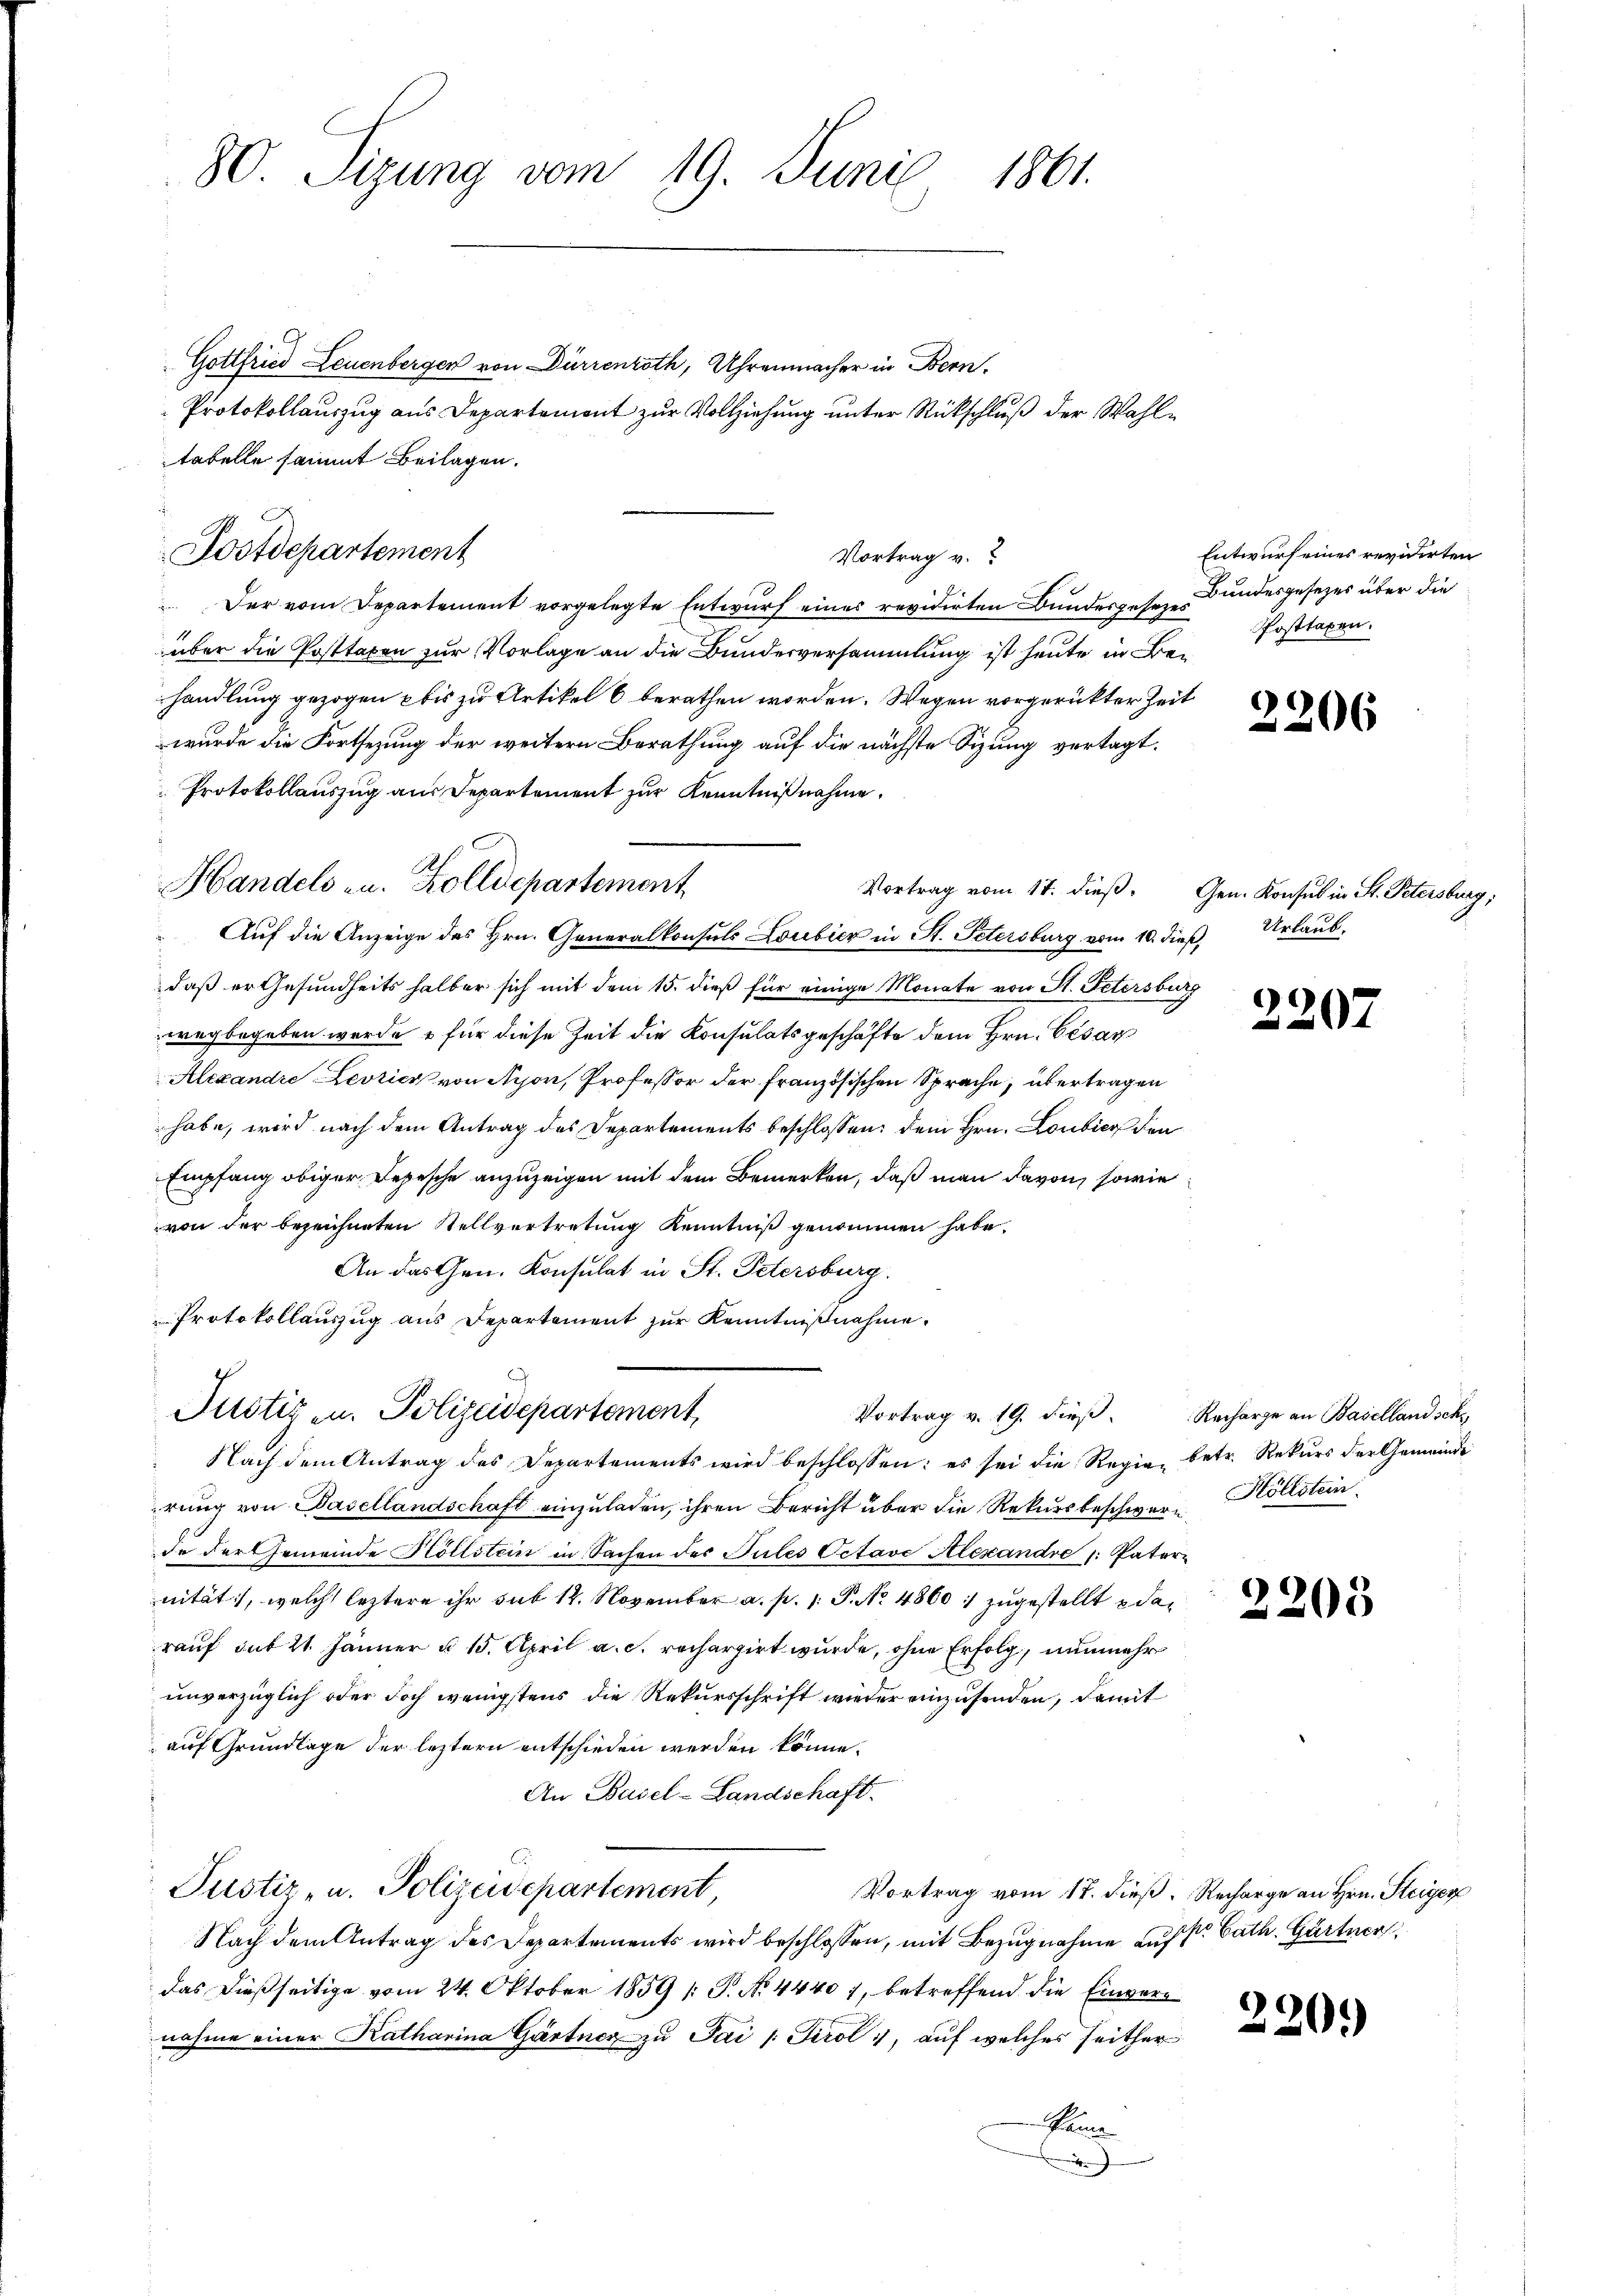
80. Sizung vom 19. Juni 1861.

Gottfried Leuenbergen von Dürrenroth, Uhrenmacher in Bern.
Protokollauszug aus Departement zur Vollziehung unter Rückschluß der Wahltabelle sammt Beilagen.
Vortrag v.
Der vom Departement vorgelegte Entwurf eines revidirten Bundesgesen Bundesgesezes über die
über die Posttaxen zur Vorlage an die Bundesversammlung ist heute in Behandlung gezogen bis zu Artikel 6 berathen worden. Wegen vorgerückter Zeit
wurde die Fortsezung der weitern Berathung auf die nächste Sizung vertagt.
Protokollauszug aus Departement zur Kenntnißnahme.
Auf die Anzeige des Hrn. Generalkonsuls Loubier in St. Petersburg vom 10. dieß Urlaubdaß er Gesundheits halber sich mit dem 15. dieß für einige Monate von St. Petersburg
wegbegeben werde u für diese Zeit die Konsulatsgeschäfte dem Hrn. Gesan
Alexandre Levricz von Nyon, Professor der französischen Sprache, übertragen
habe, wird nach dem Antrag des Departements beschlossen: dem Hrn. Loubier den
Empfang obiger Depesche anzuzeigen mit dem Bemerken, daß man davon, sowie
von der bezeichneten Stellvertretung Kenntniß genommen habe.
An das Gen. Konsulat in St. Petersburg.
Protokollauszug aus Departement zur Kenntnißnahme.
Justiz u. Polizeidepartement,
Nach dem Antrag des Departements wird beschlossen: es sei die Regien betr. Rekurs der Gemeinde
rung von Basellandschaft einzuladen, ihren Bericht über die Rekursbeschwere Höllstein
de der Gemeinde Kollstein in Sachen des Pules Octave Alexandre : Paternität, welch leztere ihr sub 14. November a. p. 1. P. No. 4800. zugestellt u da
rauf dit 21. Jänner u. 15. April a. c. rechargirt wurde, ohne Erfolg, nunmehr
unverzüglich oder doch wenigstens die Rekursschrift wieder einzusenden, damit
auf Grundlage der leztern entschieden werden könne.
An Basel-Landschaft.
Justiz- u. Polizeidepartement,
Vortrag vom 17. dieß. Recharge an Hrn. Steiger
Nach dem Antrag des Departements wird beschlossen, mit Bezugnahme auff Cath. Gärtner
das dießseitige vom 24. Oktober 1859 /: P. No. 4440 7, betreffend die Einvernahme einer Katharina Gärtner zu Pai /: Tirol, auf welches seither
Seine
.

Postdepartement

A
Handels u. Zolldepartement

Entwurf eines revidirten
Posttaxen.

2206

Vortrag vom 17. dieß. Gen. Konsul in St. Petersburg,

2202

Vortrag v. 19. dieβ. Recharge an Basellandsch

2205

220.